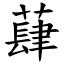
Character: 蕼